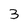
Character: 3